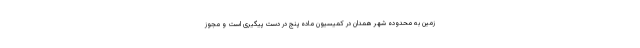
زمین به محدوده شهر همدان در کمیسیون ماده پنج در دست پیگیری است و مجوز